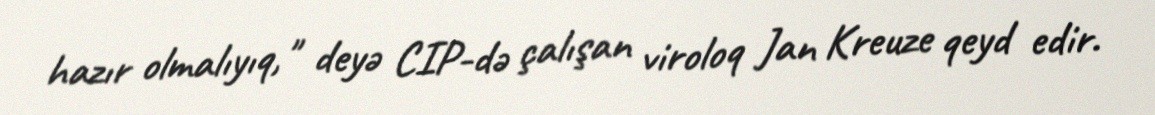
hazır olmalıyıq," deyə CIP-də çalışan viroloq Jan Kreuze qeyd edir.